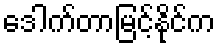
ဒေါက်တာမြင့်နိုင်က